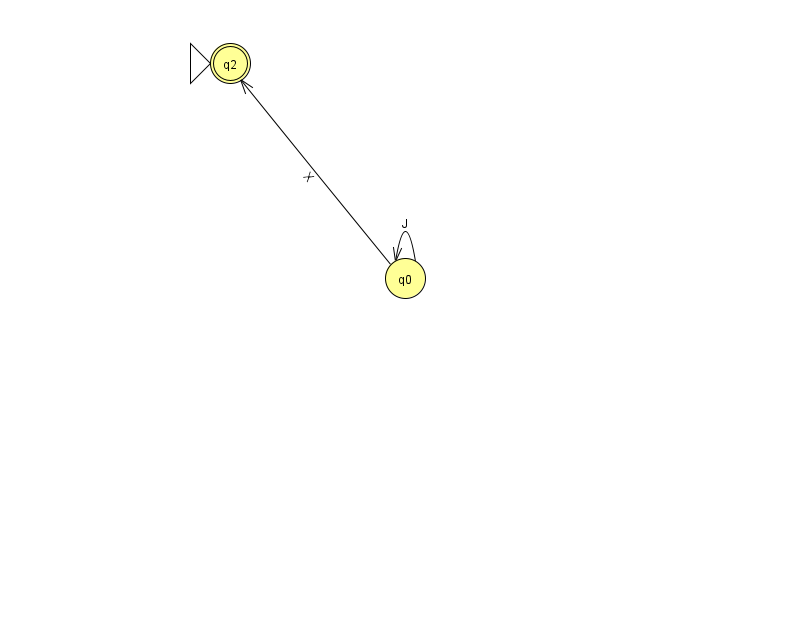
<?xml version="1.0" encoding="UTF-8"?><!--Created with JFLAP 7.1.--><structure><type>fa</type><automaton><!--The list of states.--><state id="0" name="q0"><x>405.0</x><y>265.0</y></state><state id="2" name="q2"><x>230.0</x><y>50.0</y><initial/><final/></state><!--The list of transitions.--><transition><from>0</from><to>2</to><read>X</read></transition><transition><from>0</from><to>0</to><read>J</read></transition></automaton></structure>